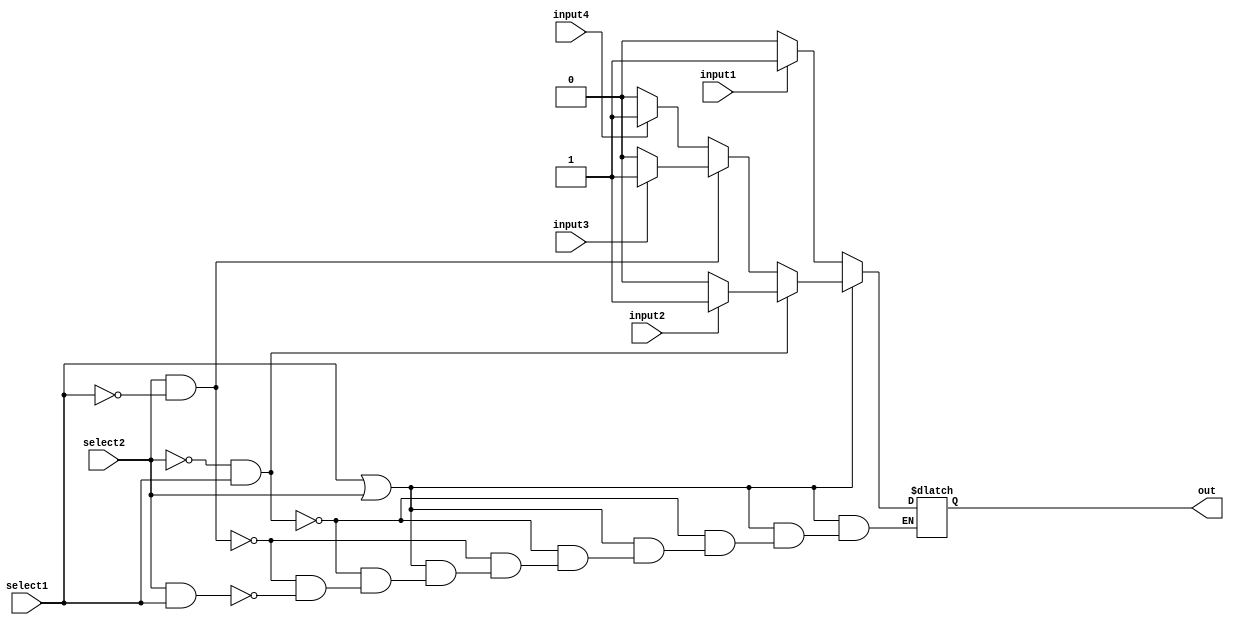
/*
Modulo que simula un mux de cuatro entradas y dos
lineas de seleccion. Cuando solo la primera linea de
seleccion esta prendida, correspone al segundo input. En cambio
cuando solo la segunda linea esta prendida corresponde al
tercer input.
Asimismo, cuandos las dos estan apagadas corresponde al 
primer input y todas prendidas al ultimo input.
*/

module mux(select1,select2,input1,input2,input3,input4, out);

        //Input ports
        input input1, input2, input3, input4;
        input select1, select2;
        //output ports
        output out;
        reg out;

        always @* begin

          if(~(select1 || select2))
          begin
            if(input1)
              out=1;
              else
              out=0;
          end

          else if((select2==0)&&(select1==1))
          begin
            if(input2)
            out=1;
              else
              out=0;
          end
          else if((select2==1)&&(select1==0))
          begin
            if(input3)
              out=1;
              else
              out=0;
          end
          else if(select2&&select1)
          begin
            if(input4)
              out=1;
              else
              out=0;
          end

        end


endmodule